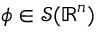
\phi \in { \mathcal { S } } ( \mathbb { R } ^ { n } )